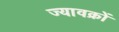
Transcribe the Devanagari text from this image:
ज्यावक्रों